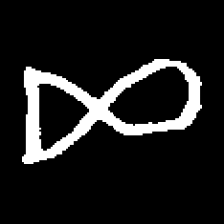
Pyu character \u2014 Myanmar letter: ဆ (romanized: cha)